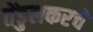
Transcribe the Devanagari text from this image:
तेंडुलकरचे